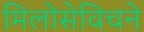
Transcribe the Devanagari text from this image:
मिलोसेविचने